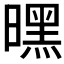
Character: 𭧪